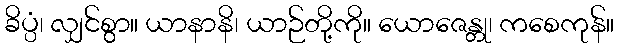
ခိပ္ပံ၊ လျှင်စွာ။ ယာနာနိ၊ ယာဉ်တို့ကို။ ယောဇေန္တု၊ ကစေကုန်။